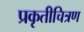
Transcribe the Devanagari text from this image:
प्रकृतीचित्रण